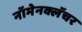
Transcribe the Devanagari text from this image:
नॉमेनक्लॅचर